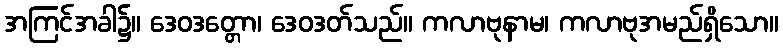
အကြင်အခါ၌။ ဒေဝဒတ္တော၊ ဒေဝဒတ်သည်။ ကလာဗုနာမ၊ ကလာဗုအမည်ရှိသော။